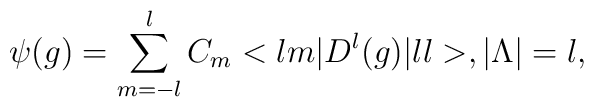
\psi(g)=\sum_{m=-l}^{l}C_{m}<lm|D^{l}(g)|ll>,|{\Lambda}|=l,